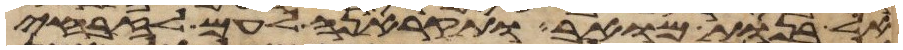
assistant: אל בנות מואב ותקראנה לעם לזבחי